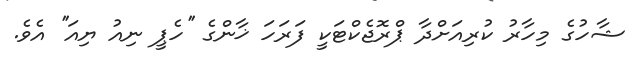
ޝާހުގެ މިހާރު ކުރިއަށްދާ ޕްރޮޖެކްޓަކީ ފަރަހަ ޚާންގެ ''ހެޕީ ނިއު ޔިއަ'' އެވެ.